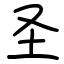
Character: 圣